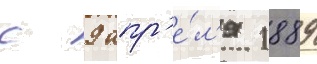
с 9 апр'е́л'я 1889